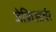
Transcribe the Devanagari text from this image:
जेफ्रिआर्चर